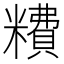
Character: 䊧